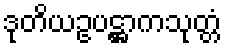
ဒုတိယဥပဋ္ဌာကသုတ္တံ